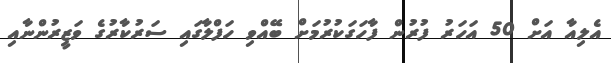
އެލިއާ އަށް 50 އަހަރު ފުރުން ފާހަގަކުރުމަށް ބޭއްވި ހަފްލާގައި ސަރުކާރުގެ ވަޒީރުންނާއި